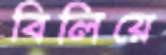
বিলিয়ে